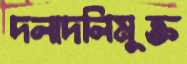
দলাদলিমুক্ত